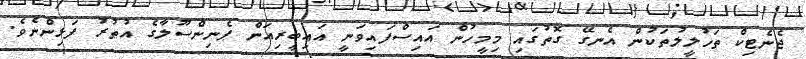
ޖެނެޓިކް ތަހުލީލުތަކުން އެނގޭ ގޮތުގައި މިމީހުން އައިސްފައިވަނީ އައިބީރިއަން ޕެނިންސޫލާގެ އުތުރު ފަޅިންނެވެ.